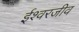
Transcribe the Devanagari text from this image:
ईश्वरजीव